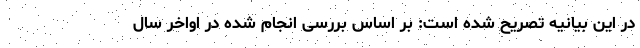
در این بیانیه تصریح شده است:‌ بر اساس بررسی انجام شده در اواخر سال